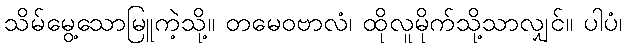
သိမ်မွေ့သောမြူကဲ့သို့။ တမေဝဗာလံ၊ ထိုလူမိုက်သို့သာလျှင်။ ပါပံ၊